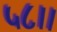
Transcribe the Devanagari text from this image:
५८।।